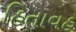
હિતાવહ